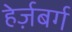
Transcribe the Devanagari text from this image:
हेर्ज़बर्ग